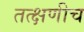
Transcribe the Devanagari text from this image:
तत्क्षणीच